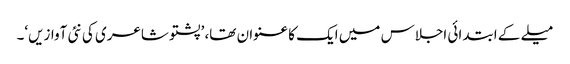
میلے کے ابتدائی اجلاس میں ایک کا عنوان تھا، ’پشتو شاعری کی نئی آوازیں‘۔